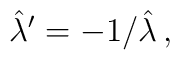
\hat{\lambda}^{\prime}=-1/\hat{\lambda}\, ,